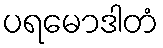
ပရမောဒါတံ